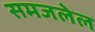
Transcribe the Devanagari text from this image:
समजलेल